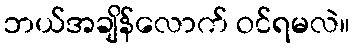
ဘယ်အချိန်လောက် ဝင်ရမလဲ။